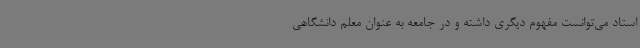
استاد می‌توانست مفهوم دیگری داشته و در جامعه به عنوان معلم دانشگاهی